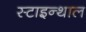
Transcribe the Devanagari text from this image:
स्टाइन्थाल